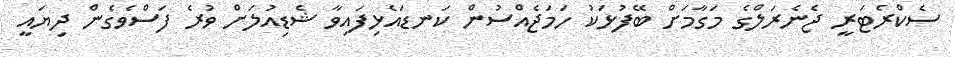
ސެކްރެޓަރީ ޖެނެރަލްގެ މަގާމަށް ބޭފުޅަކު ހަމަޖެއްސުން ކަނޑައެޅިފައިވާ ޝެޑިއުލަށް ވުރެ ފަސްވެގެން ދިޔައީ